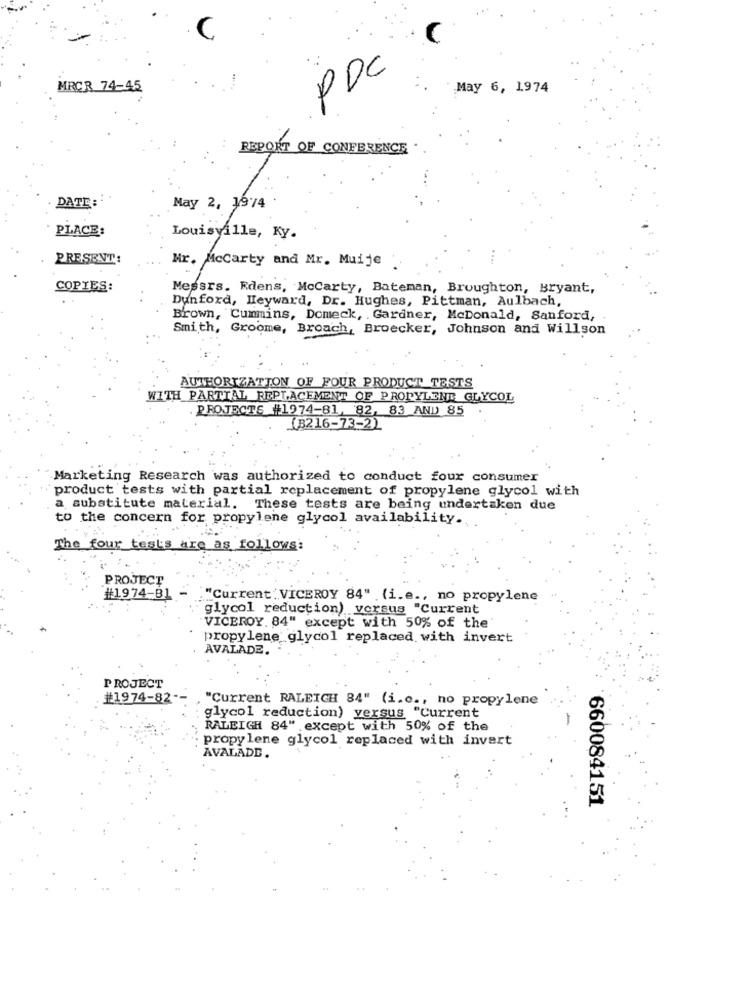
PDC
MRCR 74-45
May 6, 1974
REPORT OF CONFERENCE
May 2, 1974
DATE:
PLACE:
Louisville, Ky.
PRESENT:
Mr. Mccarty and Mr. Muije
COPIES:
Messrs. Rdens, Mccarty, Bateman, Broughton, Bryant,
Dunford, Heyward, Dr. Hughes, Pittman, Aulbach,
Brown, Cummins, Domeck, . Gardner, McDonald, Sanford,
Smith, Groome, Broach, Broecker, Johnson and Willson
AUTHORIZATION OF FOUR PRODUCT TESTS
WITH PARTIAL REPLACEMENT OF PROPYLENE GLYCOL
.PROJECTS #1974-81, 82, 83 AND 85
(B216-73-2)
Marketing Research was authorized to conduct four consumer
product tests with partial replacement of propylene glycol with
a substitute material. These tests are being undertaken due
to the concern for propylene glycol availability.
The four tests are as follows:
PROJECT
#1974-81 -
""Current' VICEROY 84" .(i.e ., no propylene
glycol reduction) versus "Current
VICEROY. 84" except with 50% of the'
propylene glycol replaced with invert
AVALADE.
PROJECT
#1974-82-
"Current RALEIGH 84" (i.e ., no propylene
glycol reduction) versus "Current
RALEIGH 84" except with 50% of the
propylene glycol replaced with invert
AVALADE.
660084151